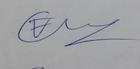
Signature authenticity: genuine